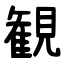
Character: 観